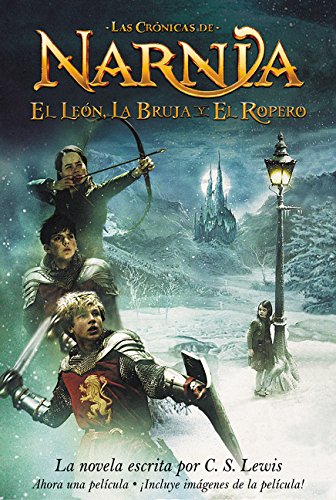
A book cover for El Leon Bruja y el Ropero (Narnia) (Spanish Edition); C. S. Lewis; Literature & Fiction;